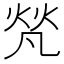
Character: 𤈺